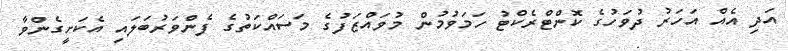
އަދި އެއް އަހަރު ދުވަހުގެ ކޮންޓްރެކްޓު ހަމަވުމުން މުވައްޒަފުގެ މަސައްކަތުގެ ފެންވަރުބަލައި އެކަށީގެންވާ